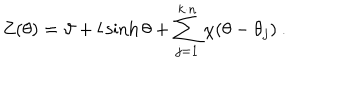
Z ( \theta ) = \vartheta + l \sinh \theta + \sum _ { j = 1 } ^ { k \cdot n } \chi ( \theta - \theta _ { j } ) \: .